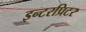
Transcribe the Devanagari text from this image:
इन्टरप्रिटर